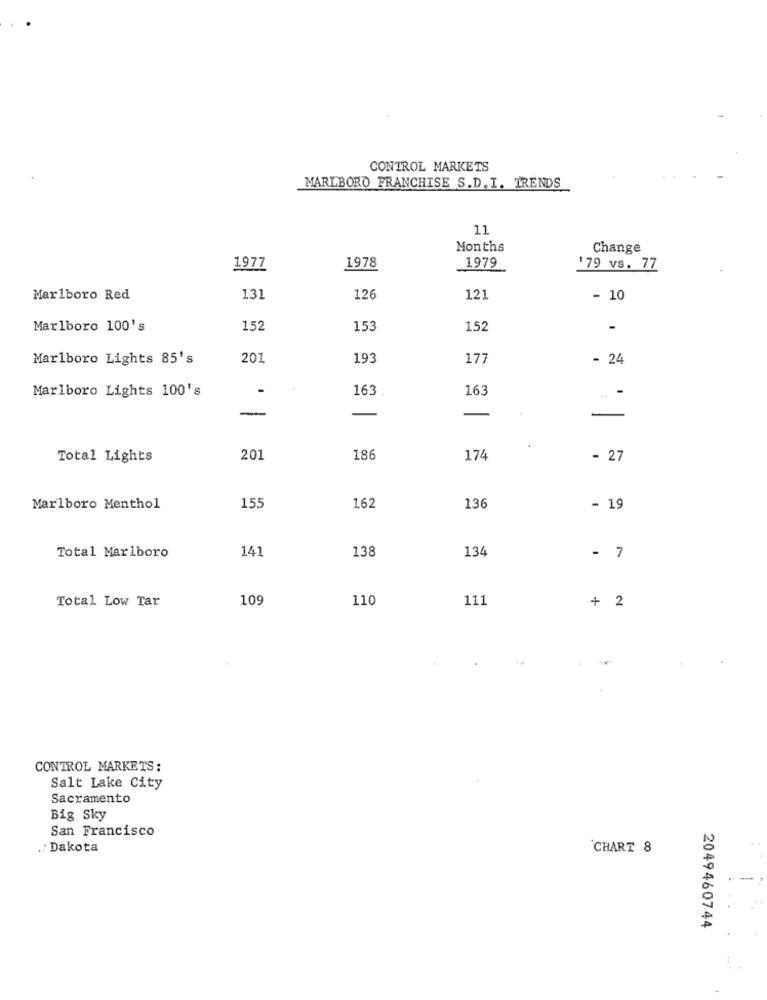
CONTROL MARKETS
MARLBORO FRANCHISE S.D. I. TRENDS
11
Months
Change
1978
1979
1977
179 vs. 77
Marlboro Red
131
126
121
- 10
Marlboro 100's
152
153
152
Marlboro Lights 85's
201
193
177
- 24
Marlboro Lights 100's
-
163
163
Total Lights
201
186
174
- 27
Marlboro Menthol
155
162
136
- 19
141
138
134
Total Marlboro
- 7
Total Low Tar
10
110
111
+ 2
CONTROL MARKETS :
Salt Lake City
Sacramento
Big Sky
San Francisco
.: Dakota
CHART 8
2049460744